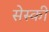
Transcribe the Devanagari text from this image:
सेस्की